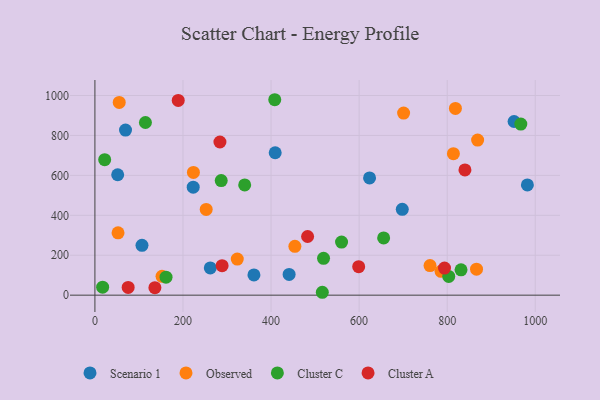
{"axis": {"x": "Speed", "y": "Demand"}, "legend": ["Cluster A", "Cluster C", "Observed", "Scenario 1"], "data": [{"x": "361.1", "y": 101.2, "type": "Scenario 1"}, {"x": "69.5", "y": 826.9, "type": "Scenario 1"}, {"x": "51.7", "y": 603.1, "type": "Scenario 1"}, {"x": "409.4", "y": 713.2, "type": "Scenario 1"}, {"x": "223.2", "y": 540.7, "type": "Scenario 1"}, {"x": "982.1", "y": 552.3, "type": "Scenario 1"}, {"x": "441.0", "y": 103.9, "type": "Scenario 1"}, {"x": "106.9", "y": 249.7, "type": "Scenario 1"}, {"x": "262.0", "y": 136.6, "type": "Scenario 1"}, {"x": "951.9", "y": 869.8, "type": "Scenario 1"}, {"x": "623.7", "y": 587.3, "type": "Scenario 1"}, {"x": "698.0", "y": 430.0, "type": "Scenario 1"}, {"x": "818.7", "y": 935.4, "type": "Observed"}, {"x": "701.0", "y": 911.9, "type": "Observed"}, {"x": "786.1", "y": 119.4, "type": "Observed"}, {"x": "866.6", "y": 130.2, "type": "Observed"}, {"x": "323.3", "y": 180.9, "type": "Observed"}, {"x": "55.2", "y": 965.3, "type": "Observed"}, {"x": "814.1", "y": 708.8, "type": "Observed"}, {"x": "152.4", "y": 94.6, "type": "Observed"}, {"x": "52.5", "y": 312.1, "type": "Observed"}, {"x": "223.7", "y": 614.9, "type": "Observed"}, {"x": "252.7", "y": 429.6, "type": "Observed"}, {"x": "454.1", "y": 244.6, "type": "Observed"}, {"x": "869.1", "y": 776.6, "type": "Observed"}, {"x": "761.0", "y": 148.1, "type": "Observed"}, {"x": "286.8", "y": 574.0, "type": "Cluster C"}, {"x": "519.2", "y": 184.4, "type": "Cluster C"}, {"x": "161.5", "y": 90.1, "type": "Cluster C"}, {"x": "516.4", "y": 14.5, "type": "Cluster C"}, {"x": "408.4", "y": 978.8, "type": "Cluster C"}, {"x": "560.1", "y": 266.1, "type": "Cluster C"}, {"x": "655.7", "y": 286.8, "type": "Cluster C"}, {"x": "803.5", "y": 93.8, "type": "Cluster C"}, {"x": "17.5", "y": 40.2, "type": "Cluster C"}, {"x": "114.7", "y": 864.7, "type": "Cluster C"}, {"x": "340.1", "y": 552.1, "type": "Cluster C"}, {"x": "831.4", "y": 127.0, "type": "Cluster C"}, {"x": "967.2", "y": 857.1, "type": "Cluster C"}, {"x": "22.2", "y": 678.6, "type": "Cluster C"}, {"x": "288.8", "y": 147.6, "type": "Cluster A"}, {"x": "189.2", "y": 975.3, "type": "Cluster A"}, {"x": "136.2", "y": 37.7, "type": "Cluster A"}, {"x": "75.5", "y": 38.6, "type": "Cluster A"}, {"x": "599.0", "y": 142.7, "type": "Cluster A"}, {"x": "483.0", "y": 293.7, "type": "Cluster A"}, {"x": "283.9", "y": 767.2, "type": "Cluster A"}, {"x": "793.9", "y": 135.7, "type": "Cluster A"}, {"x": "840.3", "y": 627.0, "type": "Cluster A"}]}